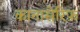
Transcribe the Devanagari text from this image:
कानासेरिफ़